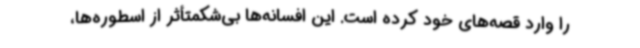
را وارد قصه‌های خود کرده است. این افسانه‌ها بی‌شکمتأثر از اسطوره‌ها،